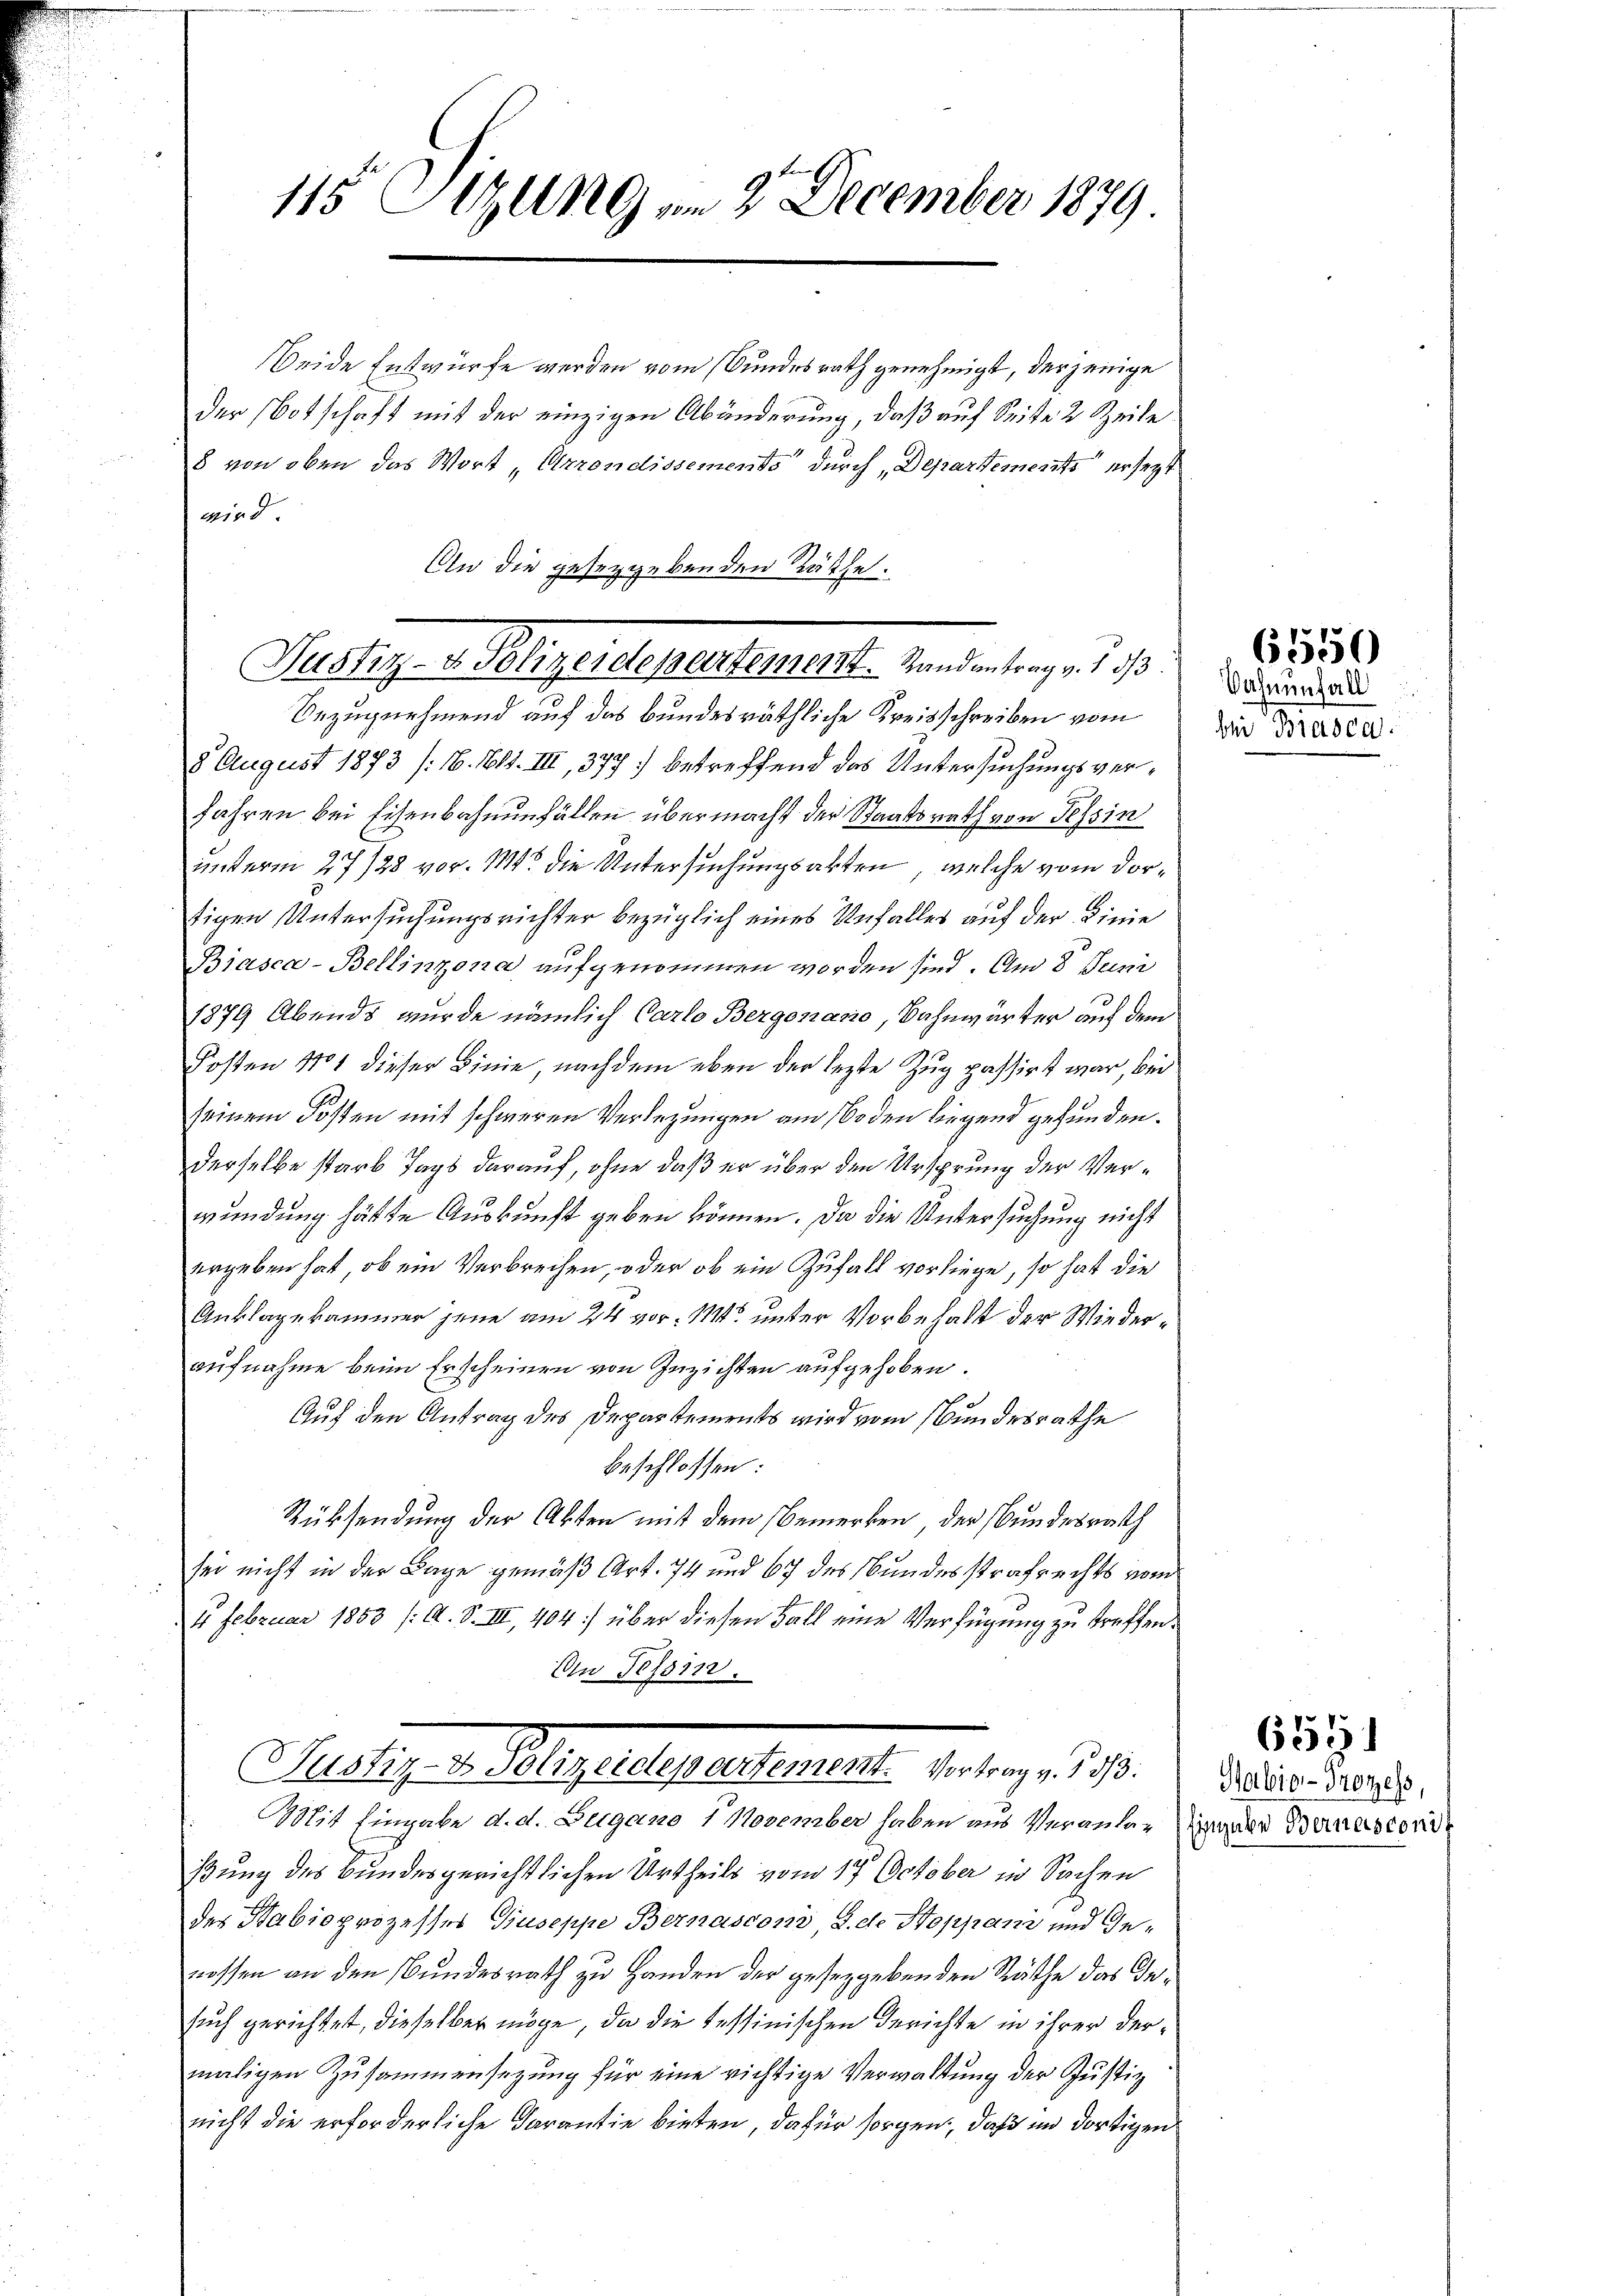
beide Entwürfe werden vom Bundesrath genehmigt, derjenige
der Botschaft mit der einzigen Abänderung, daß auf Seite 2 Zeile
8 von oben das Wort „Arrondissements durch „Departements ersetzt
wird.
An die geseggebenden Räthe:

Mudlige Milligestehenerall von de lag es 18.

115 Sizung am 2. December 1879.

Bezugnehmend auf das bundesräthliche Kreisschreiben vom
8 August 1873 (16. 161. III, 377 betreffend das Untersuchungsver¬
Jahren bei Eisenbahnenfällen übermacht der Staatsrath von Tessin
unterm 27728 vor. Mts. die Untersuchungsakten, welche vom dortigen Untersuchungsrichter bezüglich eines Unfalles auf der Linie
Biasca-Bellinzona aufgenommen worden sind. Am 8. Juni
1879 Abends wurde nämlich Carlo Bergenano, Bahnwärter auf dem
Kosten No 1 dieser Linie, nach dem eben der lezte Zug passirt war, bei
seinem Kosten mit schweren Verlegungen am 10 den liegend gefunden.
derselbe starb Tags darauf, ohne daß er über den Ursprung der Verwundung hätte Auskunft geben können. Da die Untersuchung nicht
ergeben hat, ob ein Verbrechen, oder ob ein Zufall vorliege, so hat die
Anklagekammer jene am 24 vor. Mts. unter Vorbehalt der Wiederaufnahme beim Erscheinen von Inzichten aufgehoben.
Auf den Antrag des Departements wird vom Bundesrathe
beschlossen:
Rücksendung der Akten mit dem Bemerken, der Bundesrath
sei nicht in der Bage gemäß Art. 74 und 67 des Bundesstrafrechts vom
4. Februar 1863 /: A. S. III, 404) über diesen Fall eine Verfügung zu treffen.
An Tessin.

Alltag, a. Augustspielteratete de den 19.

Mit Eingabe d. d. Beigano 1 November haben aus Veranten Tag der Banastorisung des Bundesgerichtlichen Urtheils vom 17. October in Sachen
des Stabioprozesses Guseppe Bernasconi, S. de Stoppan und Ge-
nossen an den Bundesrath zu Handen der gesetzgebenden Räthe das Gesuch gerichtet, dieselber möge, da die Tessinischen Gerichte in ihrer dermaligen Zusammensetzŭng für eine richtige Verwaltŭng der Justiz
nicht die erforderliche Darantie bieten, dafür sorgen, daß im dortigen

Wahnenfall
bii Biasca

6550

Sabio-Prozess,

655